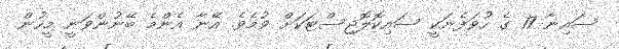
ސައިނާ 17 ގެ ހުވަފެނަކީ ސައިކޮލޮޖިސްޓަކަށް ވުމެވެ. އޭނާ އެންމެ ބޭނުންވަނީ މީހުން